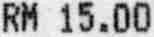
RM 15.00